Annual administration report of the Civil Veterinary Department of India - 1892-1893
Year: 1892
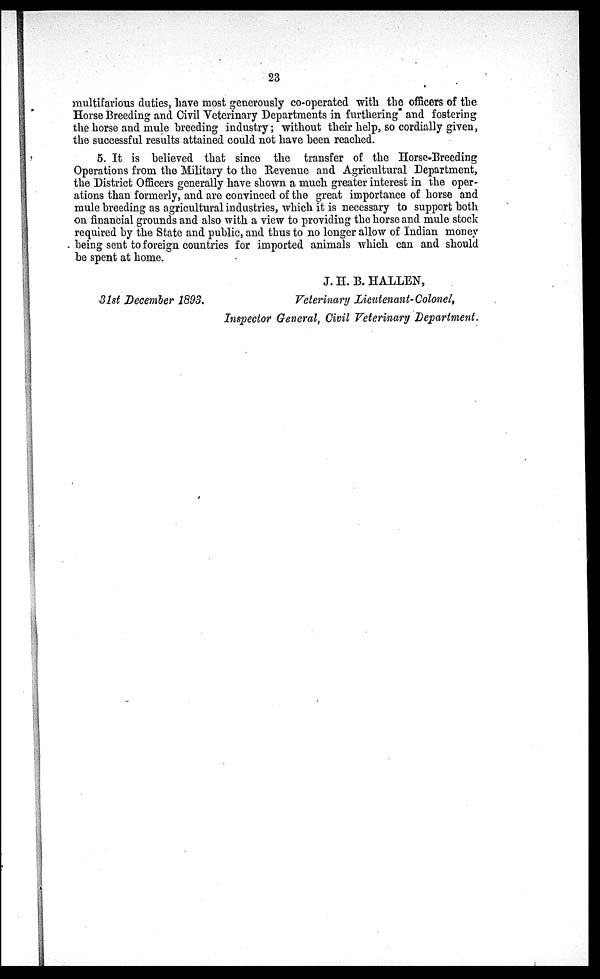
23
multifarious duties, have most generously co-operated with the officers of the
Horse Breeding and Civil Veterinary Departments in furthering and fostering
the horse and mule breeding industry; without their help, so cordially given,
the successful results attained could not have been reached.
5. It is believed that since the transfer of the Horse-Breeding
Operations from the Military to the Revenue and Agricultural Department,
the District Officers generally have shown a much greater interest in the oper-
ations than formerly, and are convinced of the great importance of horse and
mule breeding as agricultural industries, which it is necessary to support both
on financial grounds and also with a view to providing the horse and mule stock
required by the State and public, and thus to no longer allow of Indian money
being sent to foreign countries for imported animals which can and should
be spent at home.
31st December 1893.
J. H. B. HALLEN,
Veterinary Lieutenant- Colonel,
Inspector General, Civil Veterinary Department.